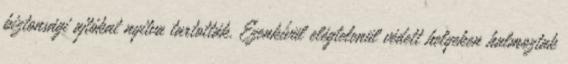
biztonsági ajtókat nyitva tartották. Ezenkívül elégtelenül védett helyeken halmoztak